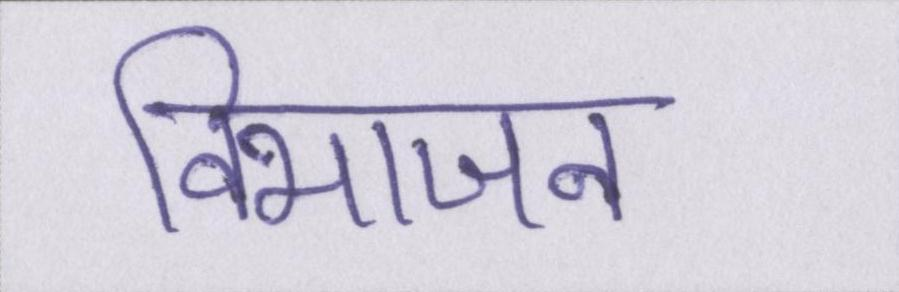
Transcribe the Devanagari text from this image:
विभाजन